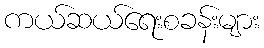
ကယ်ဆယ်ရေးစခန်းများ